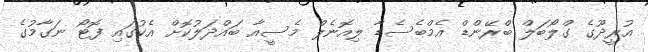
އުރީދޫގެ ގްލޯބަލް ބްރޭންޑް އެމްބެސެޑާ ލިއޮނެލް މެސީއާ ބައްދަލުކޮށް އެކުގައި ފޮޓޯ ނަގާމުގެ